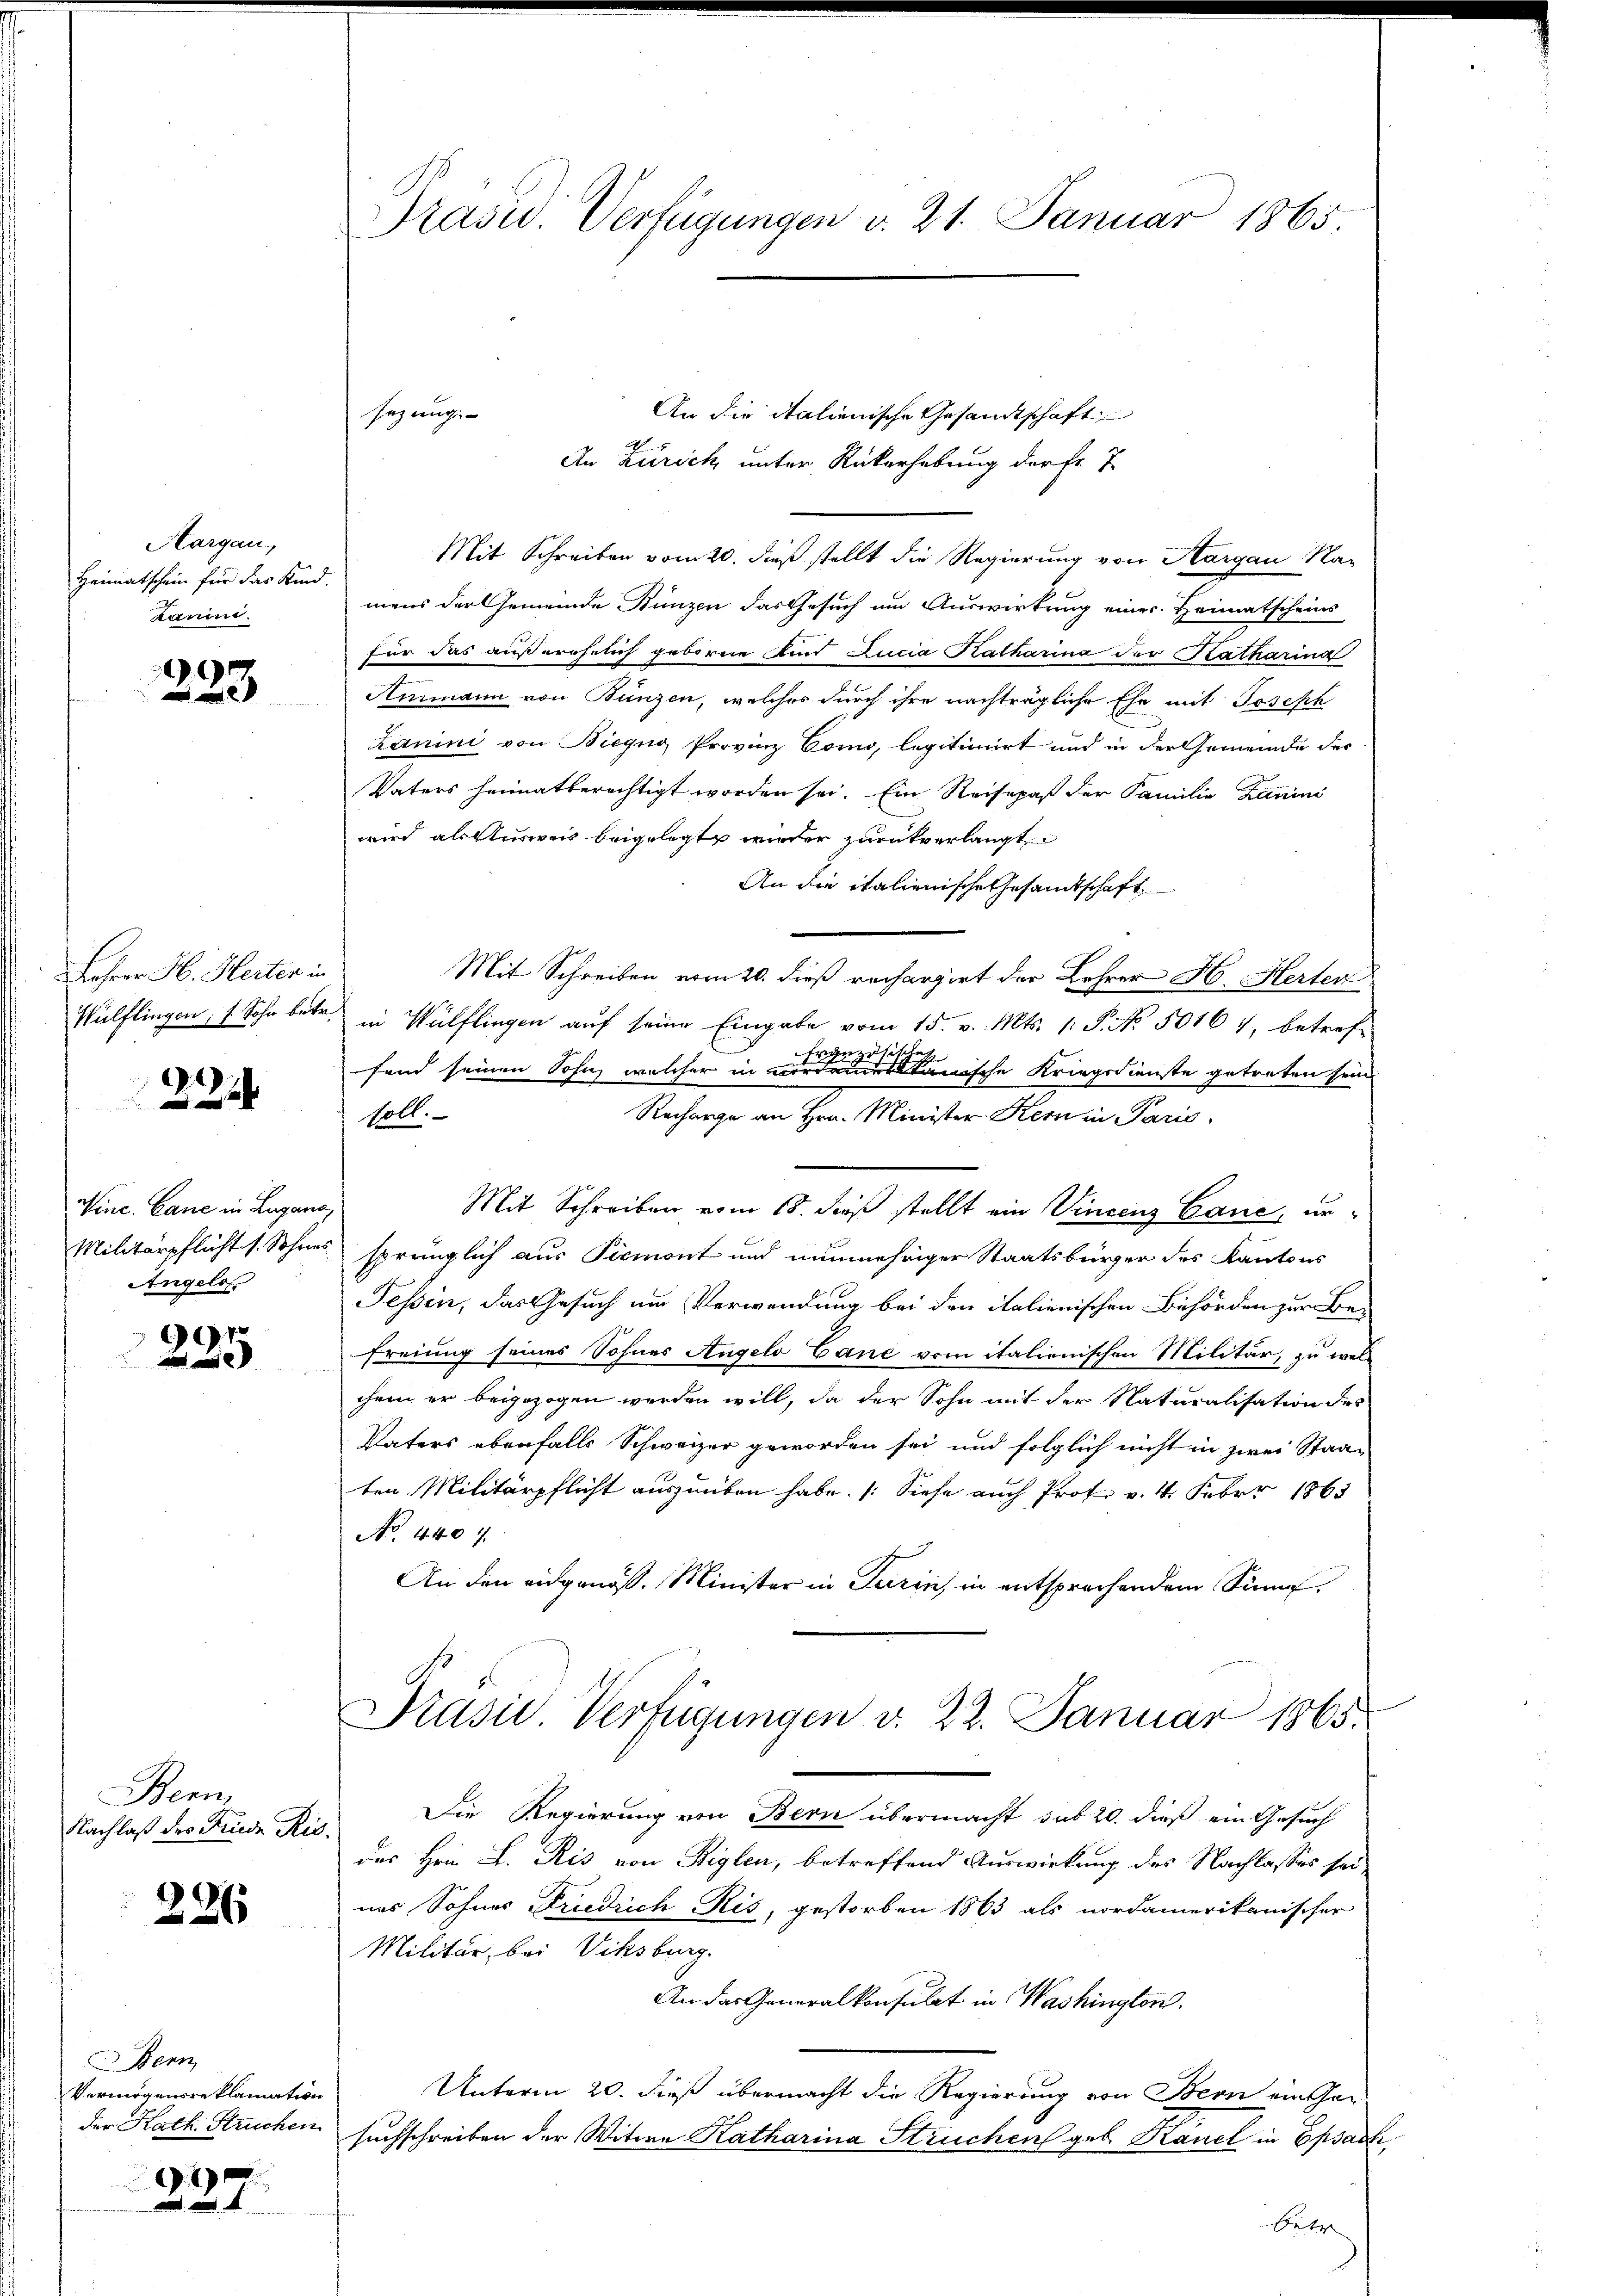
Aargau,
Heimatschein für das Kind.
Kaum.

9

Lehrer H. Herter in
Wülflingen; f Sohn betr.

.2

Winc. Cane in Lugano,
Angelos

7

Bern,
Nachlaß des Friede Ris.

226

Benn
Vermögensreklamation
der Kath. Struchen

x
 i

Präsid. Verfügungen v. 21. Januar 1865.

An die italienische Gesandtschaft
An Zürich unter Rükerhebung der Fr. 7.
Mit Schreiben vom 20. dieß stellt die Regierung von Margau, Namens der Gemeinde Bunzen das Gesuch um Auswirkung einer Heimatscheins
für das außerehelich geborene Kind Lucia Katharina der Katharina
Ammann von Bunzen, welches durch ihre nachträgliche Ehe mit Joseph
Lanini von Biegug Provinz Como, legitimirt und in der Gemeinde der
Vaters heimatberechtigt worden sei. Ein Reisepaß der Familie Kanini
wird als Ausweis beigelegt wieder zurückverlangt
An die italienische Gesandtschaft
Mit Schreiben vom 20. dieß rechargirt der Lehrer H. Herten
in Wülflingen auf seine Eingabe vom 15. v. Mts. 1. P. No. 5016), betref-
Französitze
fand seinen Sohn, welcher in verdameritanische Kriegsdienste getreten sein
Rechange an Hrn. Minister Kern in Paris
soll.
Mit Schreiben vom 18. dieβ stellt ein Vincenz Eane, un¬
Militärpflicht s. Sohnes sprünglich aus Piemont und nunmehriger Staatsbürger des Kantons
Fessen, das Gesuch um Verwendung bei den italienischen Behörden zur Be-
freiung seines Sohnes Angelo Cane vom italienischen Militär, zu welchen er beigezogen werden will, da der Sohn mit der Naturalisation des
Vaters ebenfalls Schweizer geworden sei und folglich nicht in zwei Staaten Militärpflicht auszuüben habe. (Siehe auch Prok. v. 4. Febr. 1865
No 440 f.
An den eidgenöss. Minister in Turin, in entsprochendem Sinne
Prasie Verfügungen v. 22. Januar 1865.
Die Regierung von Bern übermacht sub 20. dieß ein Gesuch
des Hein L. Ris von Biglen, betreffend Auswirkung des Nachlasses sei-
nes Sohnes Friedrich Ris, gestorben 1863 als nordamerikanischer
Militär, bei Viksburg.
An das Generalkonsulat in Washington
Unterm 20. dieß übermacht die Regierung von Bern ein Gar
suchschreiben der Witwe Katharina Struchen geb. Kauel in Sprach
Bete

sezung. |